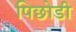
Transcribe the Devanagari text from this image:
पिछोडी